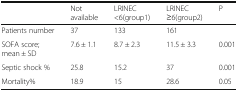
<table><thead><tr><td></td><td><b>Not available</b></td><td><b>LRINEC &lt;6(group1)</b></td><td><b>LRINEC ≥6(group2)</b></td><td><b>P</b></td></tr></thead><tbody><tr><td>Patients number</td><td>37</td><td>133</td><td>161</td><td></td></tr><tr><td>SOFA score; mean ± SD</td><td>7.6 ± 1.1</td><td>8.7 ± 2.3</td><td>11.5 ± 3.3</td><td>0.001</td></tr><tr><td>Septic shock %</td><td>25.8</td><td>15.2</td><td>37</td><td>0.001</td></tr><tr><td>Mortality%</td><td>18.9</td><td>15</td><td>28.6</td><td>0.05</td></tr></tbody></table>